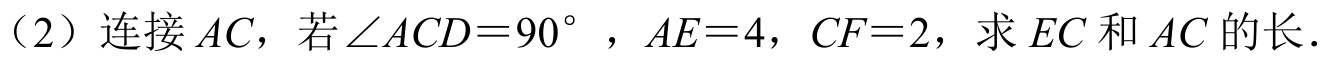
(2) 连接\(AC\)，若\(\angle ACD = 90^{\circ}\)，\(AE = 4\)，\(CF = 2\)，求\(EC\)和\(AC\)的长．